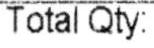
TOTAL QTY: